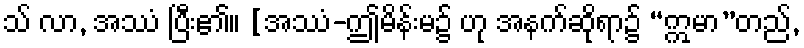
သ် လာ, အဿံ ပြီး၏။ [အဿံ-ဤမိန်းမ၌ ဟု အနက်ဆိုရာ၌ “ဣမာ”တည်,